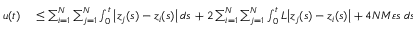
\begin{array} { r l } { u ( t ) } & { { } \leq \sum _ { i = 1 } ^ { N } \sum _ { j = 1 } ^ { N } \int _ { 0 } ^ { t } \big | z _ { j } ( s ) - z _ { i } ( s ) \big | \, d s \, + 2 \sum _ { i = 1 } ^ { N } \sum _ { j = 1 } ^ { N } \int _ { 0 } ^ { t } L \big | z _ { j } ( s ) - z _ { i } ( s ) \big | + 4 N M \varepsilon s \, \, d s \, } \end{array}